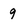
Character: 9